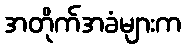
အတိုက်အခံများက